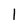
Character: 1